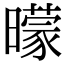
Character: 曚